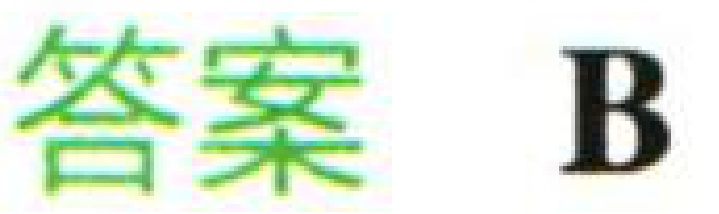
答案 B